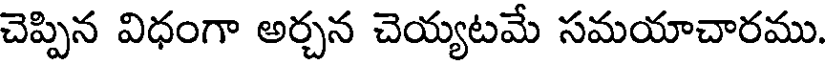
చెప్పిన విధంగా అర్చన చెయ్యటమే సమయాచారము.